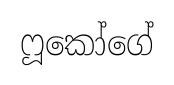
ෆූකෝගේ